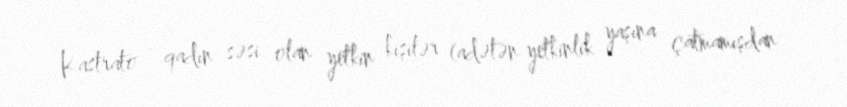
Kastrato - qadın səsi olan yetkin kişilər (adətən yetkinlik yaşına çatmamışdan